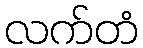
လက်တံ